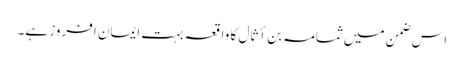
اس ضمن میں ثمامہ بن أثال کا واقعہ بہت ایمان افروز ہے۔